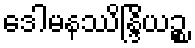
ဒေါမနဿိန္ဒြိယဉ္စ